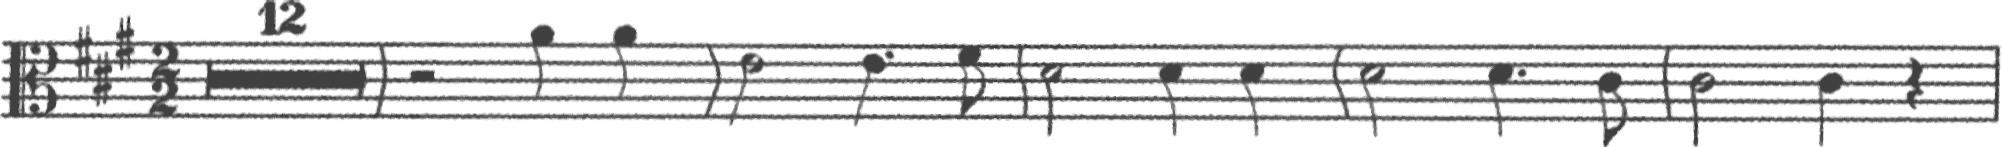
Transcription: clef-C3 keySignature-AM timeSignature-2/2 multirest-12 barline rest-half note-A4_quarter note-A4_quarter barline note-E4_half note-E4_quarter. note-F#4_eighth barline note-D4_half note-D4_quarter note-D4_quarter barline note-D4_half note-D4_quarter. note-C#4_eighth barline note-C#4_half note-C#4_quarter rest-quarter barline